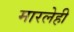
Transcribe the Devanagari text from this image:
मारलेही